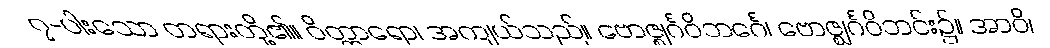
၇-ပါးသော တရားတို့၏။ ဝိတ္ထာရော၊ အကျယ်သည်။ ဗောဇ္ဈင်္ဂဝိဘင်္ဂေ၊ ဗောဇ္ဈင်္ဂဝိဘင်း၌။ အာဝိ၊